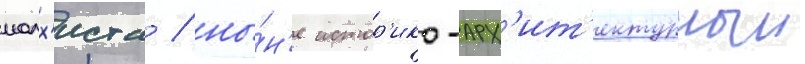
малх'иста / ны́н'е истор'ико-арх'ит'ектурныи